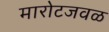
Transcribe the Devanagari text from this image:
मारोटजवळ